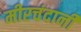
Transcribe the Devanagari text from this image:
मीरचंदानी